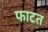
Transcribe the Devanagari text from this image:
फाटत